Indian journal of veterinary science and animal husbandry - Volume 7,
Year: 1937
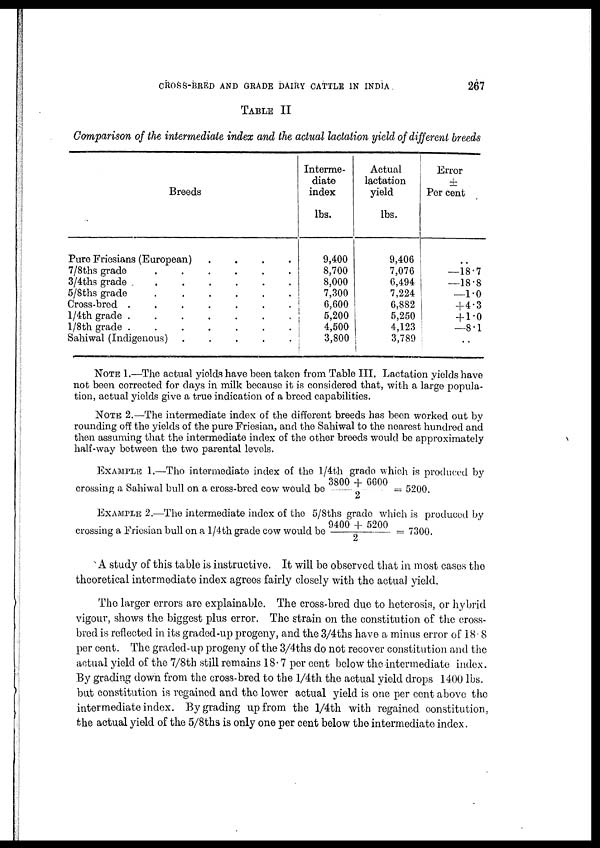
CROSS-BRED AND GRADE DAIRY CATTLE IN INDIA
267
TABLE II
Comparison of the intermediate index and the actual lactation yield of different breeds
Breeds
Pure Friesians (European)
.
.
.
.
7/8ths grade . . . . . .
3/4ths grade . . . . . .
5/8ths grade . . . . . .
Cross-bred . . . . . . .
1/4th grade . . . . . . .
1/8th grade . . . . . . .
Sahiwal (Indigenous)
.
.
.
.
.
Interme-
diate
index
lbs.
9,400
8,700
8,000
7,300
6,600
5,200
4,500
3,800
Actual
lactation
yield
lbs.
9,406
7,076
6,494
7,224
6,882
5,250
4,123
3,789
Error
±
Per cent
. .
—18.7
—18.8
—1.0
+4.3
+ 1.0
—8.1
. .
NOTE 1.—The actual yields have been taken from Table III. Lactation yields have
not been corrected for days in milk because it is considered that, with a large popula-
tion, actual yields give a true indication of a breed capabilities.
NOTE 2.—The intermediate index of the different breeds has been worked out by
rounding off the yields of the pure Friesian, and the Sahiwal to the nearest hundred and
then assuming that the intermediate index of the other breeds would be approximately
half-way between the two parental levels.
EXAMPLE 1.—The intermediate index of the 1/4th grade which is produced by
crossing a Sahiwal bull on a cross-bred cow would be 3800 + 6600 / 2 = 5200.
EXAMPLE 2.—The intermediate index of the 5/8ths grade which is produced by
crossing a Friesian bull on a 1/4th grade cow would be 9400 + 5200/2 = 7300.
A study of this table is instructive. It will be observed that in most cases the
theoretical intermediate index agrees fairly closely with the actual yield.
The larger errors are explainable. The cross-bred due to heterosis, or hybrid
vigour, shows the biggest plus error. The strain on the constitution of the cross-
bred is reflected in its graded-up progeny, and the 3/4ths have a minus error of 18.8
per cent. The graded-up progeny of the 3/4ths do not recover constitution and the
actual yield of the 7/8th still remains 18.7 per cent below the intermediate index.
By grading down from the cross-bred to the 1/4th the actual yield drops 1400 lbs.
but constitution is regained and the lower actual yield is one per cent above the
intermediate index. By grading up from the 1/4th with regained constitution,
the actual yield of the 5/8ths is only one per cent below the intermediate index.